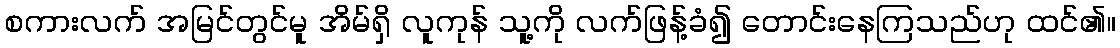
စကားလက် အမြင်တွင်မူ အိမ်ရှိ လူကုန် သူ့ကို လက်ဖြန့်ခံ၍ တောင်းနေကြသည်ဟု ထင်၏။